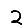
Digit: 2